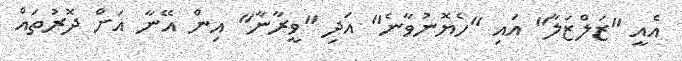
އެއީ "ޒަލްޒަލާ" އައި "ހެޔޮނުވާނެ" އަދި "ވީރާނާ" އިން އޭނާ އަށް ދޮރުތައް